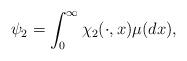
LaTeX: \begin{align*}\psi_2 = \int_0^{\infty} \chi_2({\cdot}, x) \mu(dx),\end{align*}